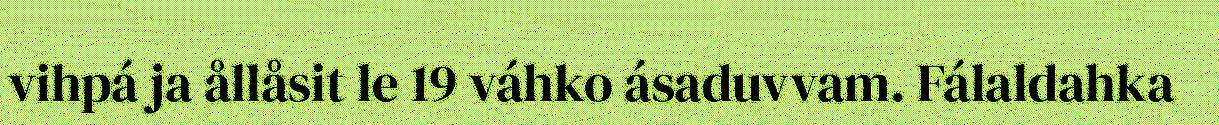
vihpá ja ållåsit le 19 váhko ásaduvvam. Fálaldahka